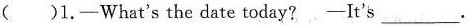
( )1.-What's the date today? -It's ___.